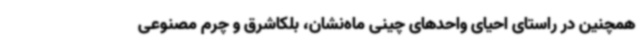
همچنین در راستای احیای واحدهای چینی ماه‌نشان، بلکاشرق و چرم مصنوعی